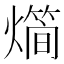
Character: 𤐎